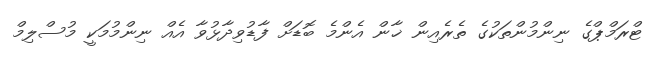
ޓްރަމްޕްގެ ނިންމުންތަކުގެ ތެރެއިން ޚާން އެންމެ ބޮޮޑަށް ފާޑުވިދާޅުވާ އެއް ނިންމުމަކީ މުސްލިމް